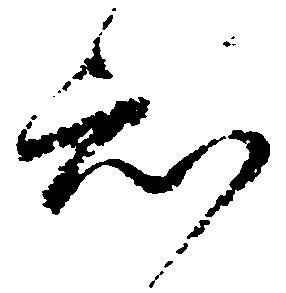
知